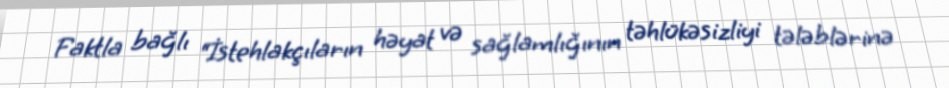
Faktla bağlı “İstehlakçıların həyat və sağlamlığının təhlükəsizliyi tələblərinə